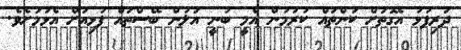
ދަރިފުޅު އެގޮތަށް ކަންތައް ކުރުމުން އެމީ ބުނީ އަލުން ބޭސްތައް ފުޅިއަށް އެޅުމަށެވެ.